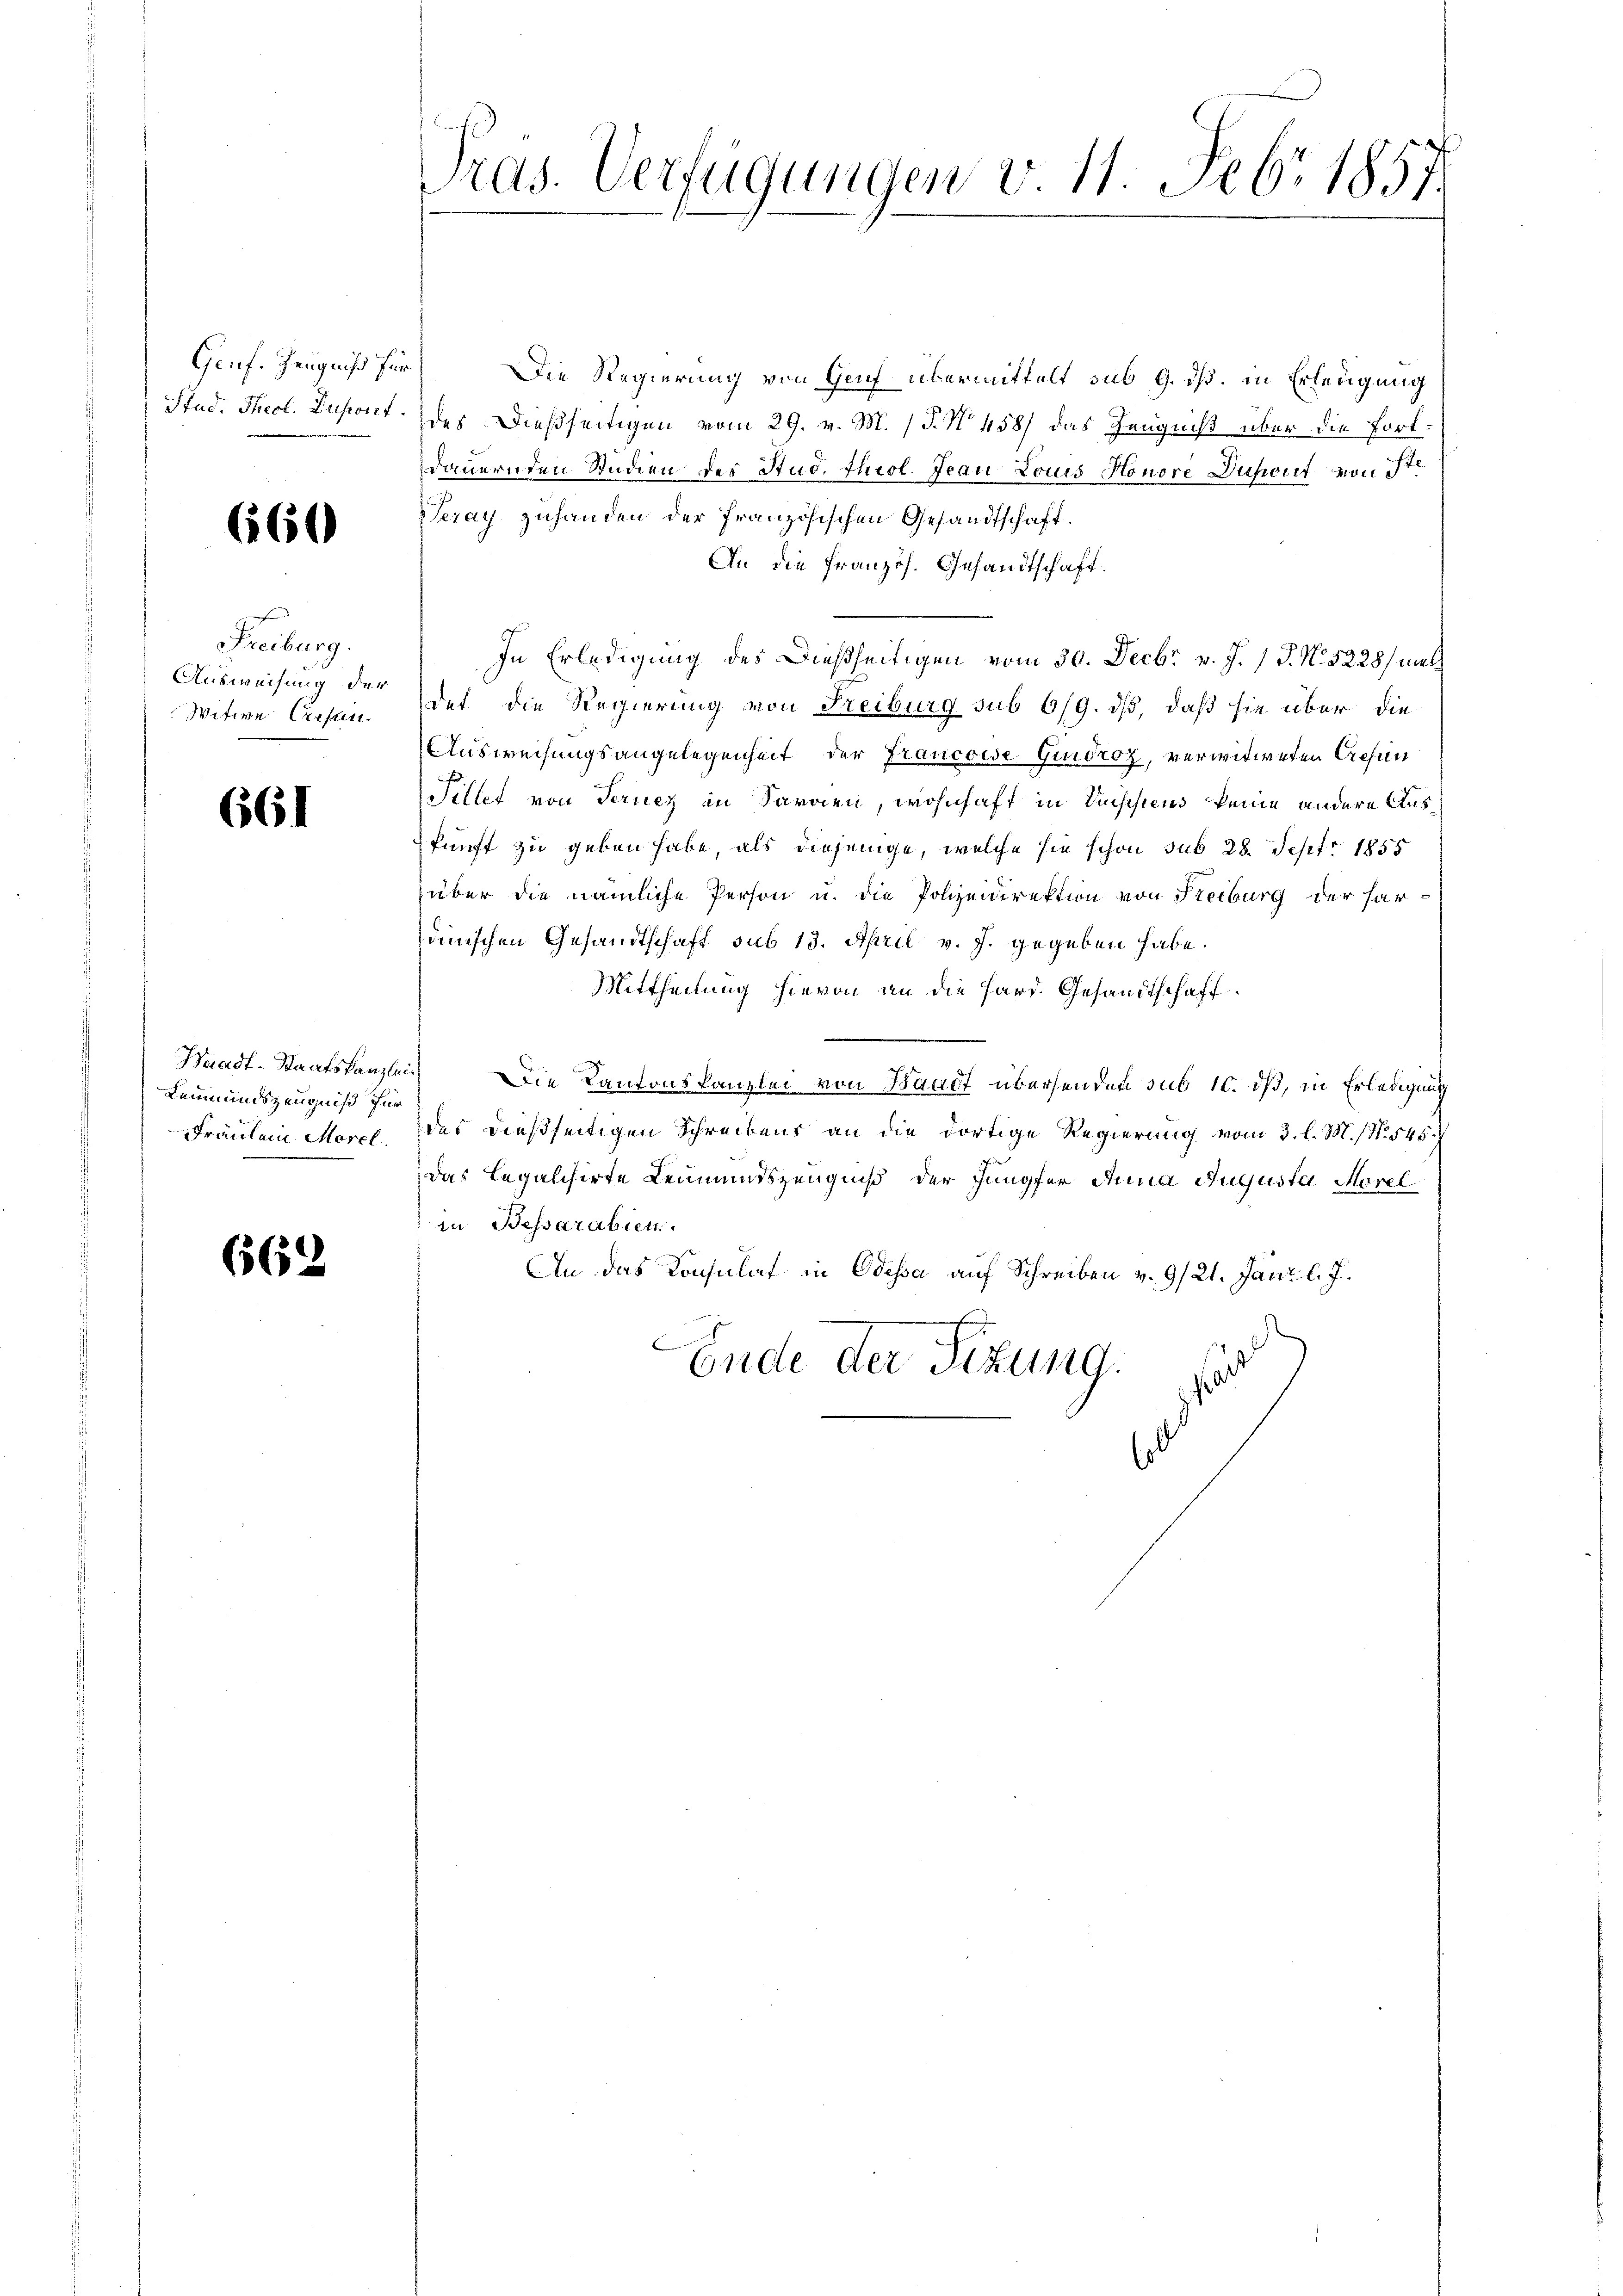
Genf. Zeugniß für

660

Freiburg.
Ausweisung der
Witwe Crisun

661

Waadt-Staatskanzlei¬
Leumundszeugniß für
Fräulein Morel

662

Pras. Verfügungen v. 11. 506. 1857.

Die Regierung von Genf übermittelt sub 9. dß, in Erledigung
Stud. Theol. Insont des Dießseitigen vom 29. v. M. (T. N. 458) das Zeugniß über die fortdauernden Studien der Stud. Theol. Jean Louis Honore Duport von ist
Seray zuhanden der französischen Gesandtschaft.
An die Französ. Gesandtschaft.
In Erledigung des Dießseitigen vom 30. Decbr v. J. J. N. 5228/ mal
det die Regierung von Freiburg sub 6/9. ds, daß sie über die
Ausweisungsangelegenheit der Francoese Guidroz, verwitweten Gresen
Fillet von Ferner in Farnen, wohnhaft in Beschiens keine andere Auskunft zu geben habe, als diejenige, welche sie schon sub 28. Sept. 1855
über die nämliche Person u. die Polizeidirektion von Steiburg der hardinischen Gesandtschaft sub 13. April v. J. gegeben habe.
Mittheilung hievon an die Hard. Gesandtschaft
.
Die Kantonskanzlei von Waadt übersenden sub 10. dß, in Erledigung
das dießseitigen Schreibens an die dortige Regierung vom 3. l. M. (N. 545.
Das Legalisirte Leumundszeugniß der Jungfer Anna Augusta Morel
in Bessarabien
An das Konsulat in Odessa auf Schreiben v. 9/21. Jani l. J.
Ende der Sitzung.
a
l